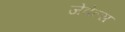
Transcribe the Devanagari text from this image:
जेवेल्स